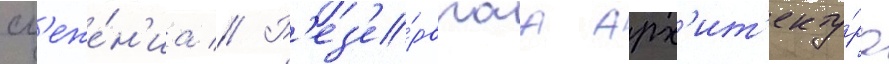
сл'еже́н'иа // Р'ез'е́рвнаа арх'ит'екту́ра